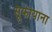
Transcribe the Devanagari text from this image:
सूफीयाना